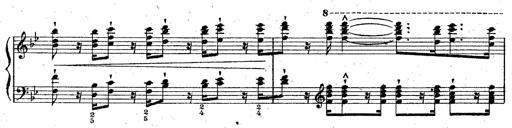
Title: La Marseillaise
Composer: Franz Liszt
Key: B-flat major